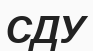
СДУ